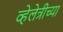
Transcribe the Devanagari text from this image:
व्हेलेत्रीच्या